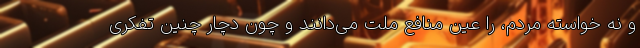
و نه خواسته مردم، را عین منافع ملت می‌دانند و چون دچار چنین تفکری